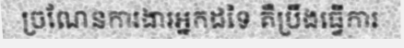
ច្រណែនការងារអ្នកដទៃ គឺប្រឹងធ្វើការ